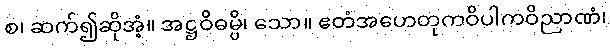
စ၊ ဆက်၍ဆိုအံ့။ အဋ္ဌဝိဓမ္ပိ၊ သော။ ဧတံအဟေတုကဝိပါကဝိညာဏံ၊